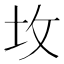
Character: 坆